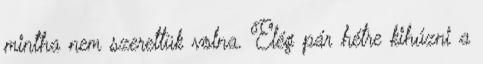
mintha nem szerettük volna. Elég pár hétre kihúzni a